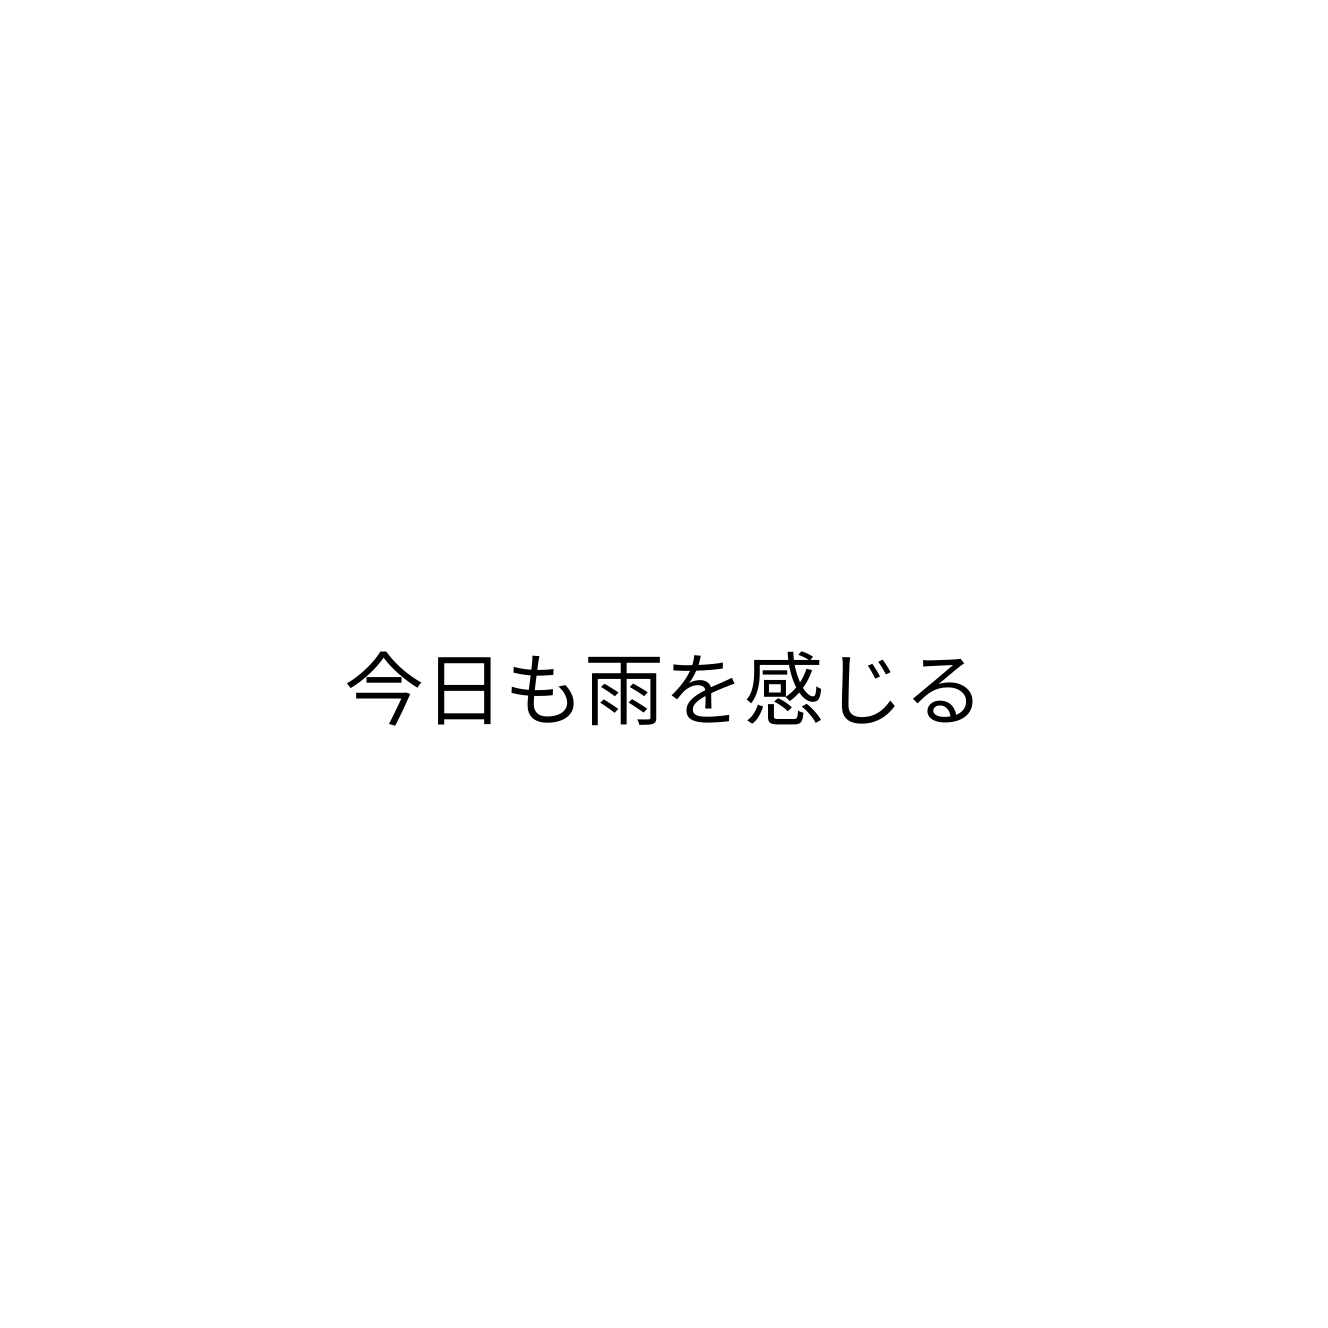
今日も雨を感じる